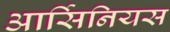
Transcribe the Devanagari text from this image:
आर्सिनियस